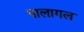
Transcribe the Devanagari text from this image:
पालागल